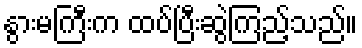
နွားမကြီးက ထပ်ပြီးဆွဲကြည့်သည်။